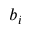
b _ { i }